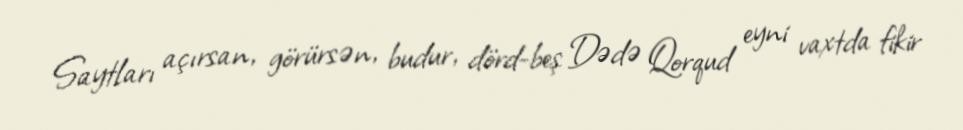
Saytları açırsan, görürsən, budur, dörd-beş Dədə Qorqud eyni vaxtda fikir